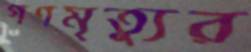
গণমৃত্যুর